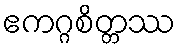
ဧကဂ္ဂစိတ္တဿ